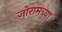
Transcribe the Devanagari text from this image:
जोरामच्या